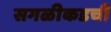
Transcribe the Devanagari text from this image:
सगळीकडची